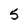
Character: 5